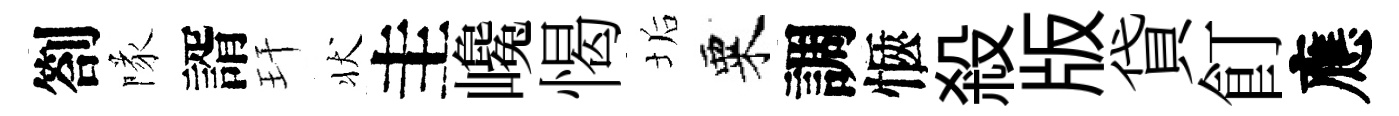
劄隊諝玕状圭巉愒垢粟調愜殺版貸飣應